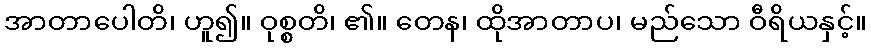
အာတာပေါတိ၊ ဟူ၍။ ဝုစ္စတိ၊ ၏။ တေန၊ ထိုအာတာပ၊ မည်သော ဝီရိယနှင့်။